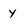
Character: y